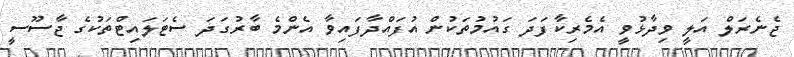
ޖެނެރަލް އަލީ ވިދާޅުވީ އެމެރިކާފަދަ ގައުމުތަކުން އުފައްދާފައިވާ އެންމެ ބާރުގަދަ ސެޓަލައިޓްތަކުގެ ޖާސޫސީ